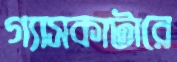
গ্যাসকাটারে